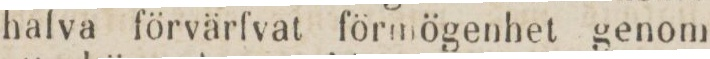
halva förvärfvat förmögenhet genom